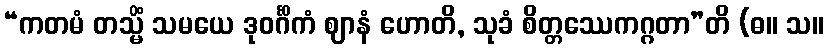
“ကတမံ တသ္မိံ သမယေ ဒုဝင်္ဂိကံ ဈာနံ ဟောတိ, သုခံ စိတ္တဿေကဂ္ဂတာ”တိ (ဓ။ သ။